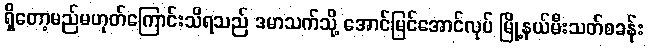
ရှိတော့မည်မဟုတ်ကြောင်းသိရသည် ဒမာသက်သို့ အောင်မြင်အောင်လုပ် မြို့နယ်မီးသတ်စခန်း